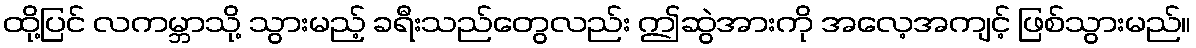
ထို့ပြင် လကမ္ဘာသို့ သွားမည့် ခရီးသည်တွေလည်း ဤဆွဲအားကို အလေ့အကျင့် ဖြစ်သွားမည်။